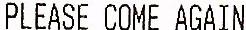
PLEASE COME AGAIN